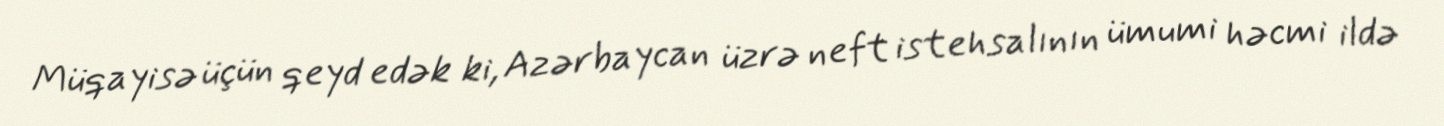
Müqayisə üçün qeyd edək ki, Azərbaycan üzrə neft istehsalının ümumi həcmi ildə